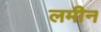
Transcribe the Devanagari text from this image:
लमीन